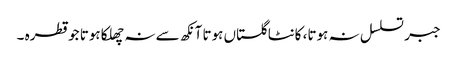
جبر تسلسل نہ ہوتا، کانٹا گلستاں ہوتا آنکھ سے نہ چھلکا ہوتا جو قطرہ ۔